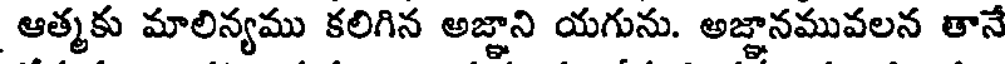
ఆత్మకు మాలిన్యము కలిగిన అజ్ఞాని యగును. అజ్ఞానమువలన తానే